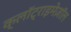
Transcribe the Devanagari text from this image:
क्लॉट्राइमेज़ॉल